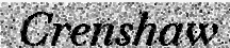
Crenshaw